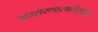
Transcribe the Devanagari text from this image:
अपसरणासाठीसुद्धा